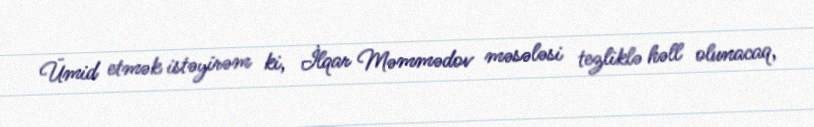
Ümid etmək istəyirəm ki, İlqar Məmmədov məsələsi tezliklə həll olunacaq,